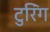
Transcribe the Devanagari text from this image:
टुरिंग